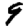
Digit: 9